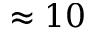
\approx 1 0